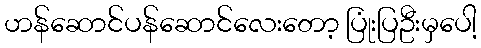
ဟန်ဆောင်ပန်ဆောင်လေးတော့ ပြုံးပြဦးမှပေါ့